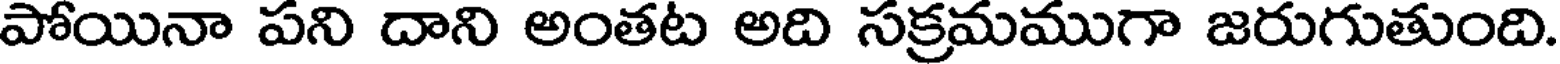
పోయినా పని దాని అంతట అది సక్రమముగా జరుగుతుంది.